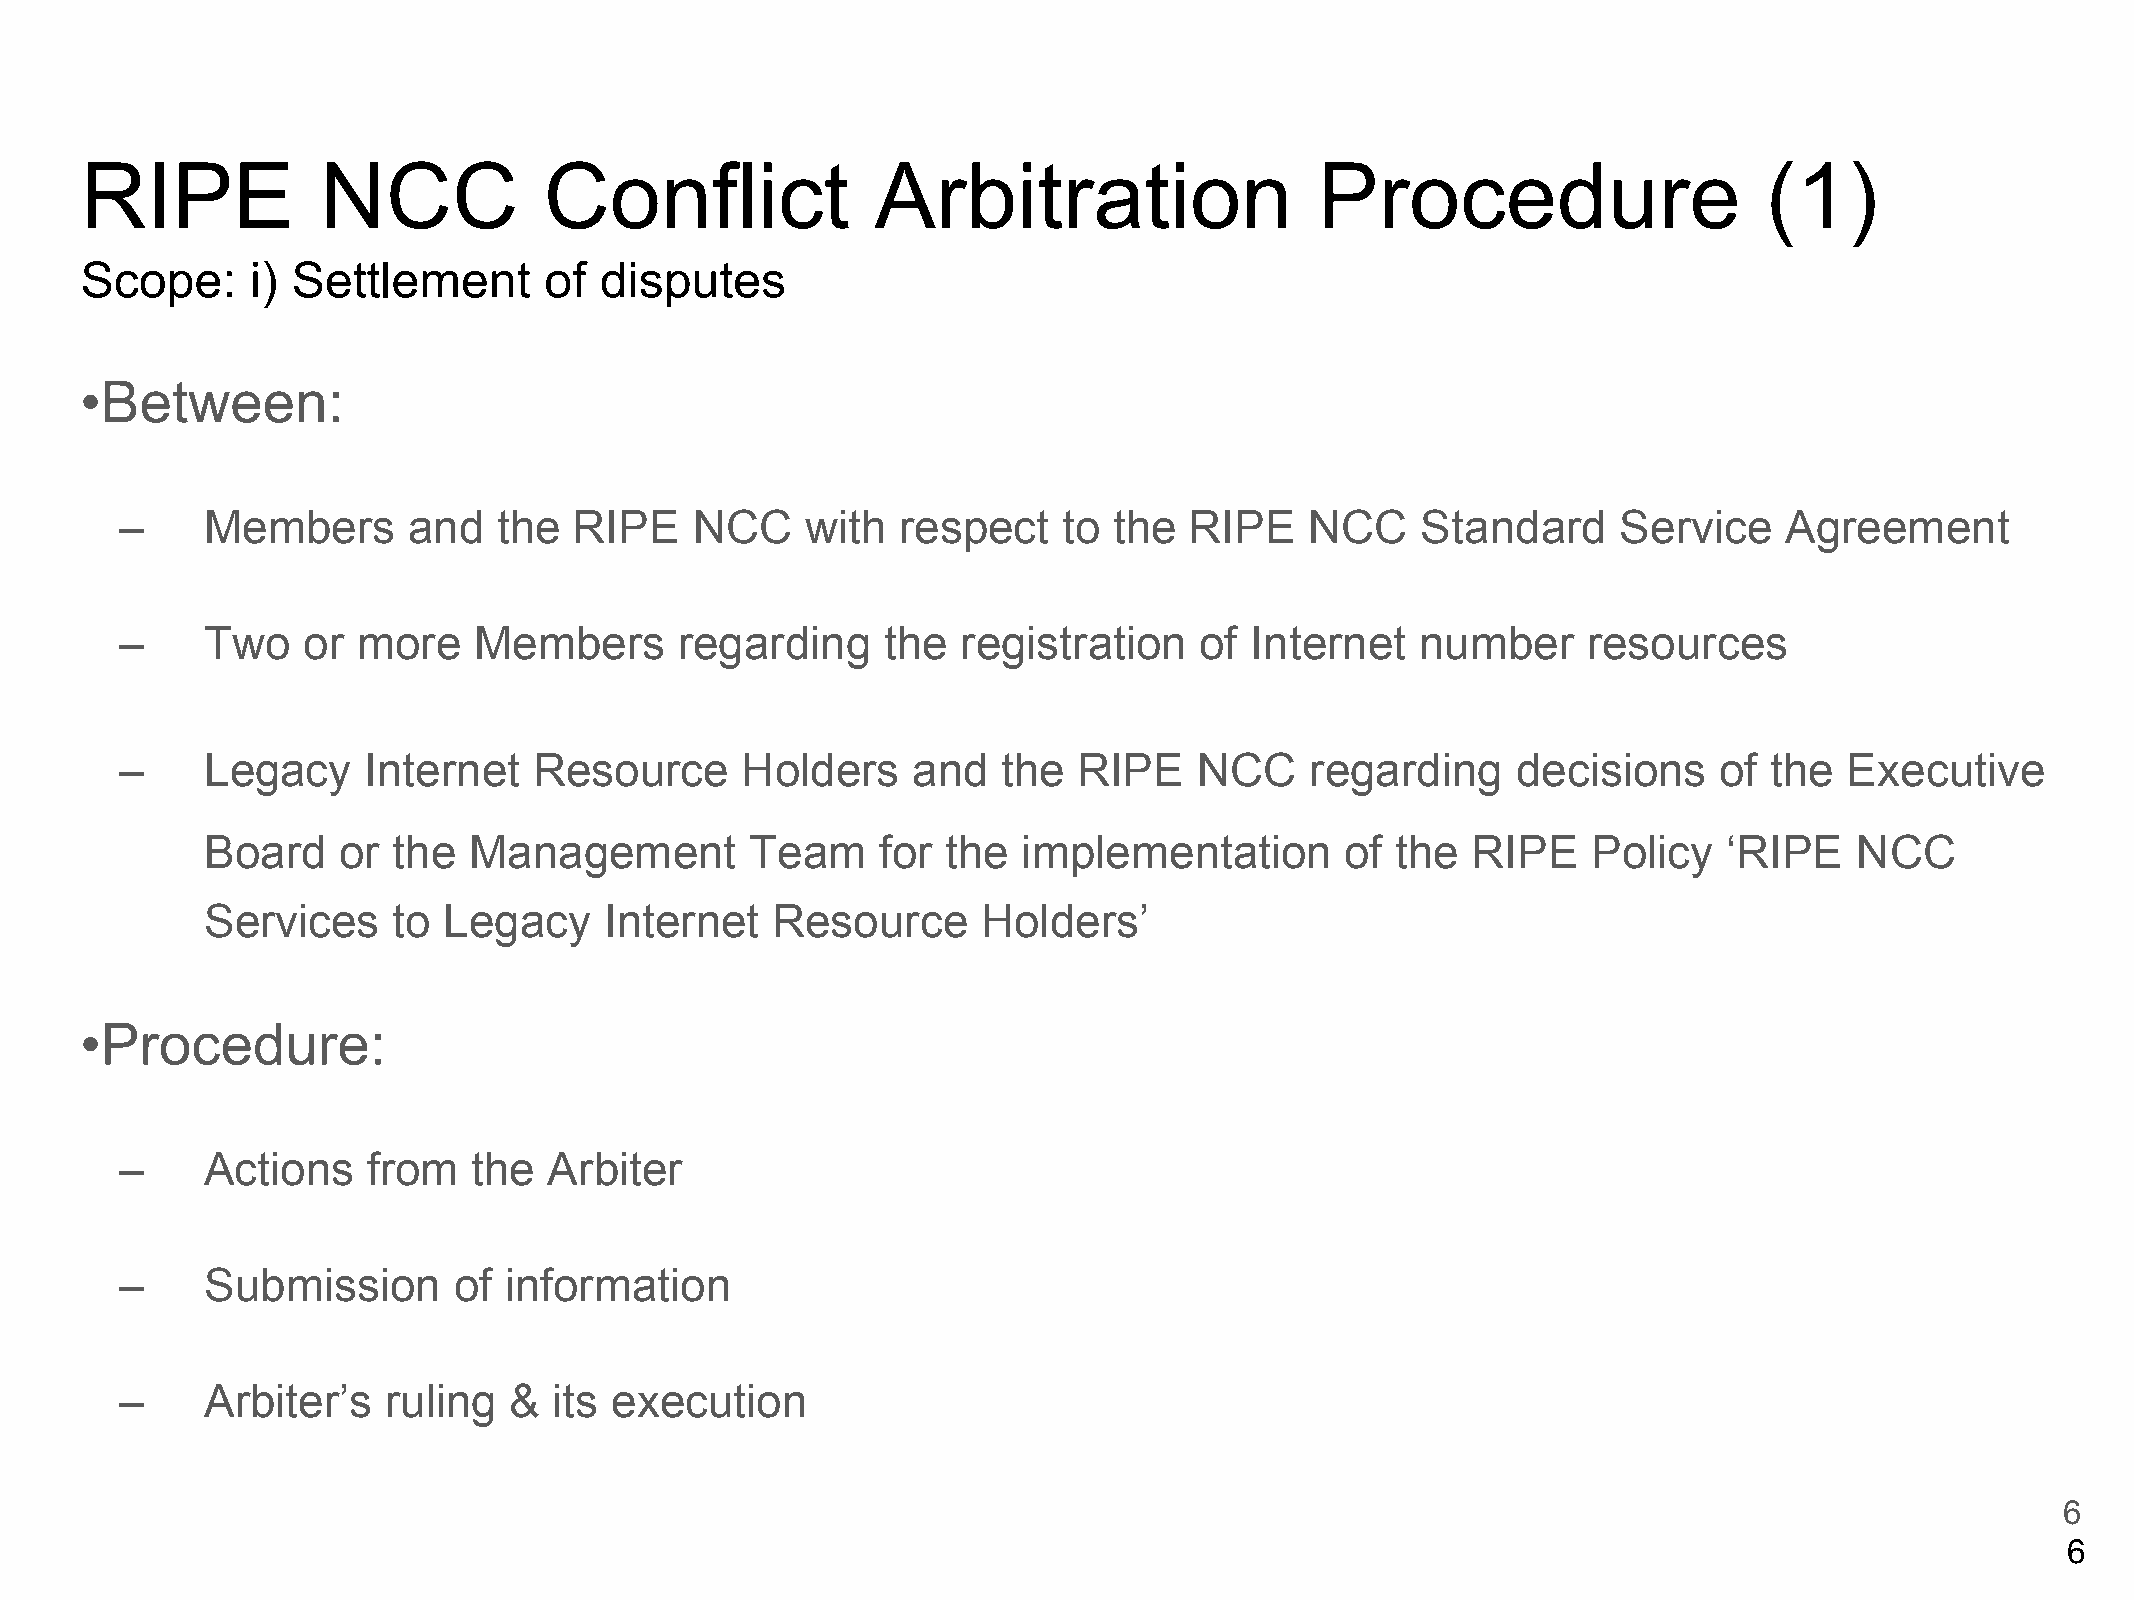
RIPE            NCC            Conflict              Arbitration                  Procedure                     (1)
 Scope:      i) Settlement      of  disputes
 •Between:
 –     Members      and   the  RIPE    NCC    with   respect   to  the  RIPE    NCC    Standard     Service    Agreement
 –     Two   or  more   Members       regarding     the  registration   of  Internet   number     resources
 –     Legacy    Internet   Resource      Holders    and   the  RIPE    NCC     regarding    decisions     of the  Executive
 Board   or  the  Management         Team    for  the  implementation       of the  RIPE    Policy   ‘RIPE    NCC
 Services    to Legacy     Internet   Resource      Holders’
 •Procedure:
 –     Actions   from   the  Arbiter
 –     Submission      of information
 –     Arbiter’s  ruling   &  its execution
 6
 6